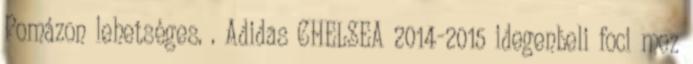
Pomázon lehetséges. . Adidas CHELSEA 2014-2015 idegenbeli foci mez